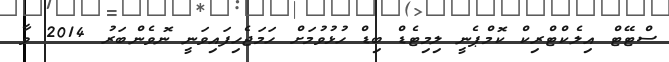
ސްޓޭޓް އިލެކްޓްރިކް ކޮމްޕެނީ ލިމިޓެޑް ބިޑް ހުޅުވުމަށް ހަމަޖެހިފައިވަނީ ނޮވެންބަރު 2014 ވާ